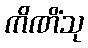
ကိဏိံသု